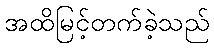
အထိမြင့်တက်ခဲ့သည်